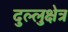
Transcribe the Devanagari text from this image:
दुल्लुक्षेत्र